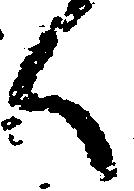
く